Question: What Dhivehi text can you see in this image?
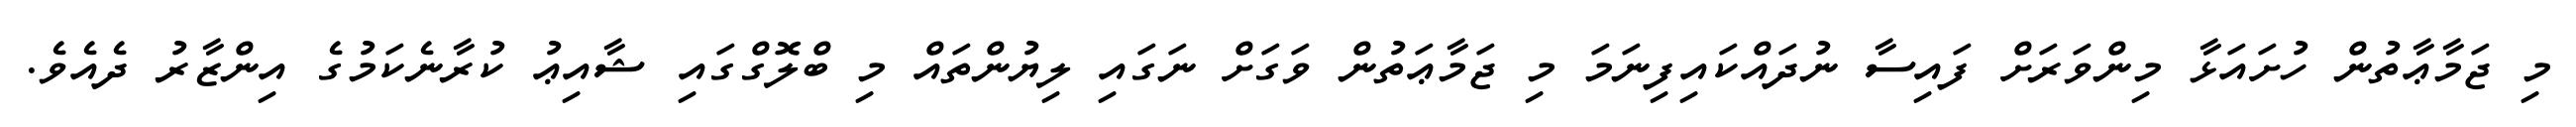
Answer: މި ޖަމާޢާތުން ހުށައަޅާ މިންވަރަށް ފައިސާ ނުދައްކައިފިނަމަ މި ޖަމާޢަތުން ވަގަށް ނަގައި ލިޔުންތައް މި ބްލޮގްގައި ޝާއިޢު ކުރާނެކަމުގެ އިންޒާރު ދެއެވެ.